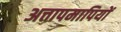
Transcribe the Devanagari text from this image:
अत्तापमापियों